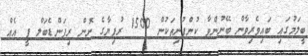
ބީލަމުގައި ބައިވެރިވާން ބޭނުންވާ ކުންފުނިތަކުން 1500 ރުފިޔާގެ ނޮން ރިފަންޑެބަލް ފީ އެއް